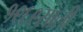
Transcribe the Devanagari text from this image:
१९६९साली